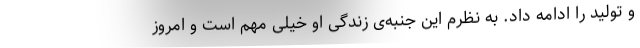
و تولید را ادامه داد. به نظرم این جنبه‌ی زندگی او خیلی مهم است و امروز